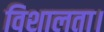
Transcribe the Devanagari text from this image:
विशालता।